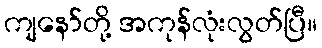
ကျနော်တို့ အကုန်လုံးလွတ်ပြီ။